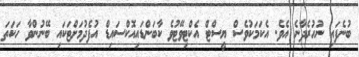
ބުނެފައި ނުހުރެދާނެ އެވެ. އެކަމަކުވެސް ޔީސްޓް އެކްޓިވޭޓުވެ ކާބަންޑައިއޮކްސައިޑް އުފެދުމަށްޓަކައި ބޭނުންވާ ހަކަތަ